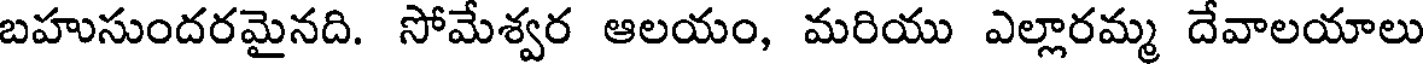
బహుసుందరమైనది. సోమేశ్వర ఆలయం, మరియు ఎల్లారమ్మ దేవాలయాలు